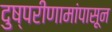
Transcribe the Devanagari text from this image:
दुष्परीणामांपासून